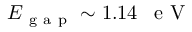
E _ { \mathrm { ~ g ~ a ~ p ~ } } \sim 1 . 1 4 \mathrm { ~ \, ~ e ~ V ~ }